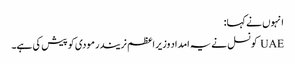
انہوں نے کہا:
UAE کونسل نے یہ امداد وزیر اعظم نریندر مودی کو پیش کی ہے۔